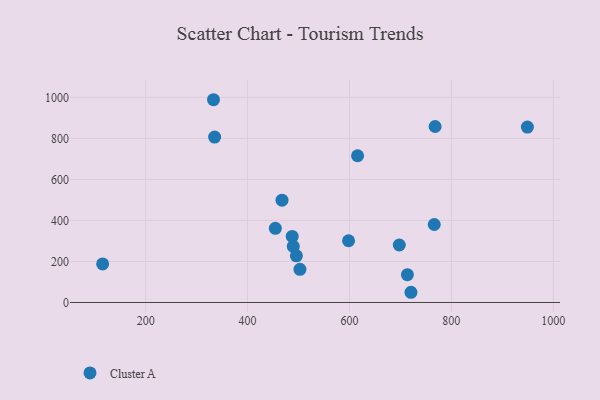
{"axis": {"x": "Investment", "y": "Sales"}, "legend": ["Cluster A"], "data": [{"x": "489.7", "y": 273.2, "type": "Cluster A"}, {"x": "766.4", "y": 380.2, "type": "Cluster A"}, {"x": "598.2", "y": 300.9, "type": "Cluster A"}, {"x": "495.8", "y": 227.2, "type": "Cluster A"}, {"x": "502.8", "y": 161.5, "type": "Cluster A"}, {"x": "115.5", "y": 188.2, "type": "Cluster A"}, {"x": "949.2", "y": 854.7, "type": "Cluster A"}, {"x": "333.1", "y": 988.2, "type": "Cluster A"}, {"x": "713.7", "y": 135.7, "type": "Cluster A"}, {"x": "454.5", "y": 361.7, "type": "Cluster A"}, {"x": "467.6", "y": 498.6, "type": "Cluster A"}, {"x": "487.6", "y": 322.1, "type": "Cluster A"}, {"x": "335.3", "y": 806.2, "type": "Cluster A"}, {"x": "768.1", "y": 857.7, "type": "Cluster A"}, {"x": "720.7", "y": 49.8, "type": "Cluster A"}, {"x": "615.9", "y": 715.1, "type": "Cluster A"}, {"x": "697.8", "y": 280.3, "type": "Cluster A"}]}